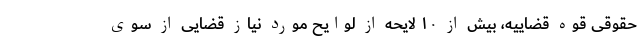
حقوقی قوه قضاییه، بیش از ۱۰ لایحه از لوایح مورد نیاز قضایی از سوی